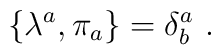
\{\lambda^{a}, \pi_{a}\}=\delta^{a}_{b}~.